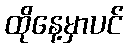
ထိုနေ့မှာပင်